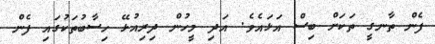
ފެން ތާނގީ ތަކަށް ބިސް އަޅައެވެ. އަދި މީހުން ދިރިއުޅޭ ހިސާބުތަކުގައި ފެން